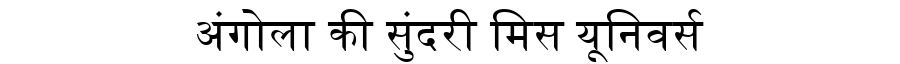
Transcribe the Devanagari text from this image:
अंगोला की सुंदरी मिस यूनिवर्स